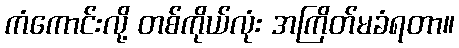
ကံကောင်းလို့ တစ်ကိုယ်လုံး အကြိတ်မခံရတာ။